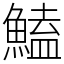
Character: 鰪